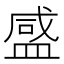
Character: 𬐨